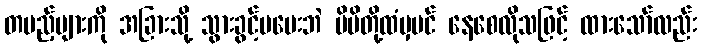
တပည့်များကို အခြားသို့ သွားခွင့်မပေးဘဲ မိမိတို့ထံမှပင် နေစေလိုသဖြင့် ထားသော်လည်း